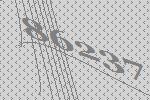
86237